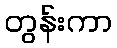
တွန်းကာ